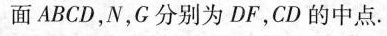
面ABCD，N，G分别为DF，CD的中点。(1)求证：NC∥平面FAB；(2)求三棱锥E-ACC的体积。